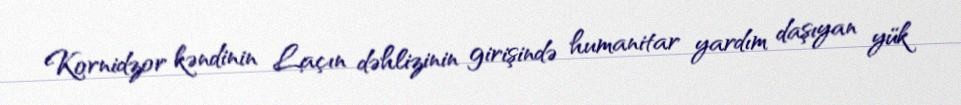
Kornidzor kəndinin Laçın dəhlizinin girişində humanitar yardım daşıyan yük